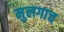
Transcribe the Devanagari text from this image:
मुलगाच